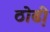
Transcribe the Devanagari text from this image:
ठोढी़